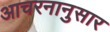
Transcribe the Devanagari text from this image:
आचरनानुसार